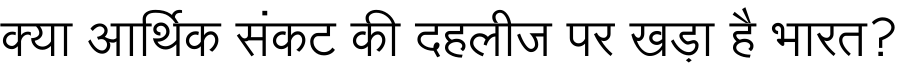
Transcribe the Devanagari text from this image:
क्या आर्थिक संकट की दहलीज पर खड़ा है भारत?